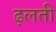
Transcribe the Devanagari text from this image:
ढ़लती